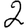
Digit: 2